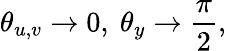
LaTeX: \theta_{u,v}\rightarrow 0,\ \theta_{y}\rightarrow{\frac{\pi}{2}},